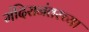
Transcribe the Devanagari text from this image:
मंदिरानंतरच्या